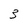
Character: 3